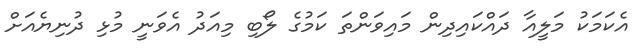
އެކަމަކު މަލީއާ ދައްކައިދިން މައިވަންތަ ކަމުގެ ލޯބި މިއަދު އެވަނީ މުޅި ދުނިޔެއަށް